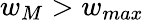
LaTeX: w_{M}>w_{max}